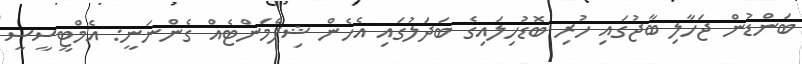
ބަންޑުން ޖަހާލި ބާޖުގައި ހުރި ބޮޑުހިލައިގެ ބަދަލުގައި އެހެން ޝިޕްމަންޓެއް ގެންނަނީ: އެމްޓީސީސީ